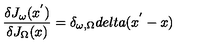
\frac { \delta J _ { \omega } ( x ^ { ' } ) } { \delta J _ { \Omega } ( x ) } = \delta _ { \omega , \Omega } d e l t a ( x ^ { ' } - x )